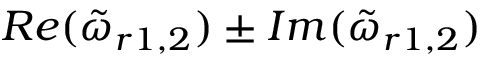
R e ( \tilde { \omega } _ { r 1 , 2 } ) \pm I m ( \tilde { \omega } _ { r 1 , 2 } )